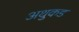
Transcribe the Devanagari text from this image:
अथुकड